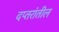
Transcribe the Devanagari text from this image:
दप्तरांतील